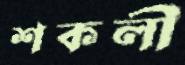
শকলী